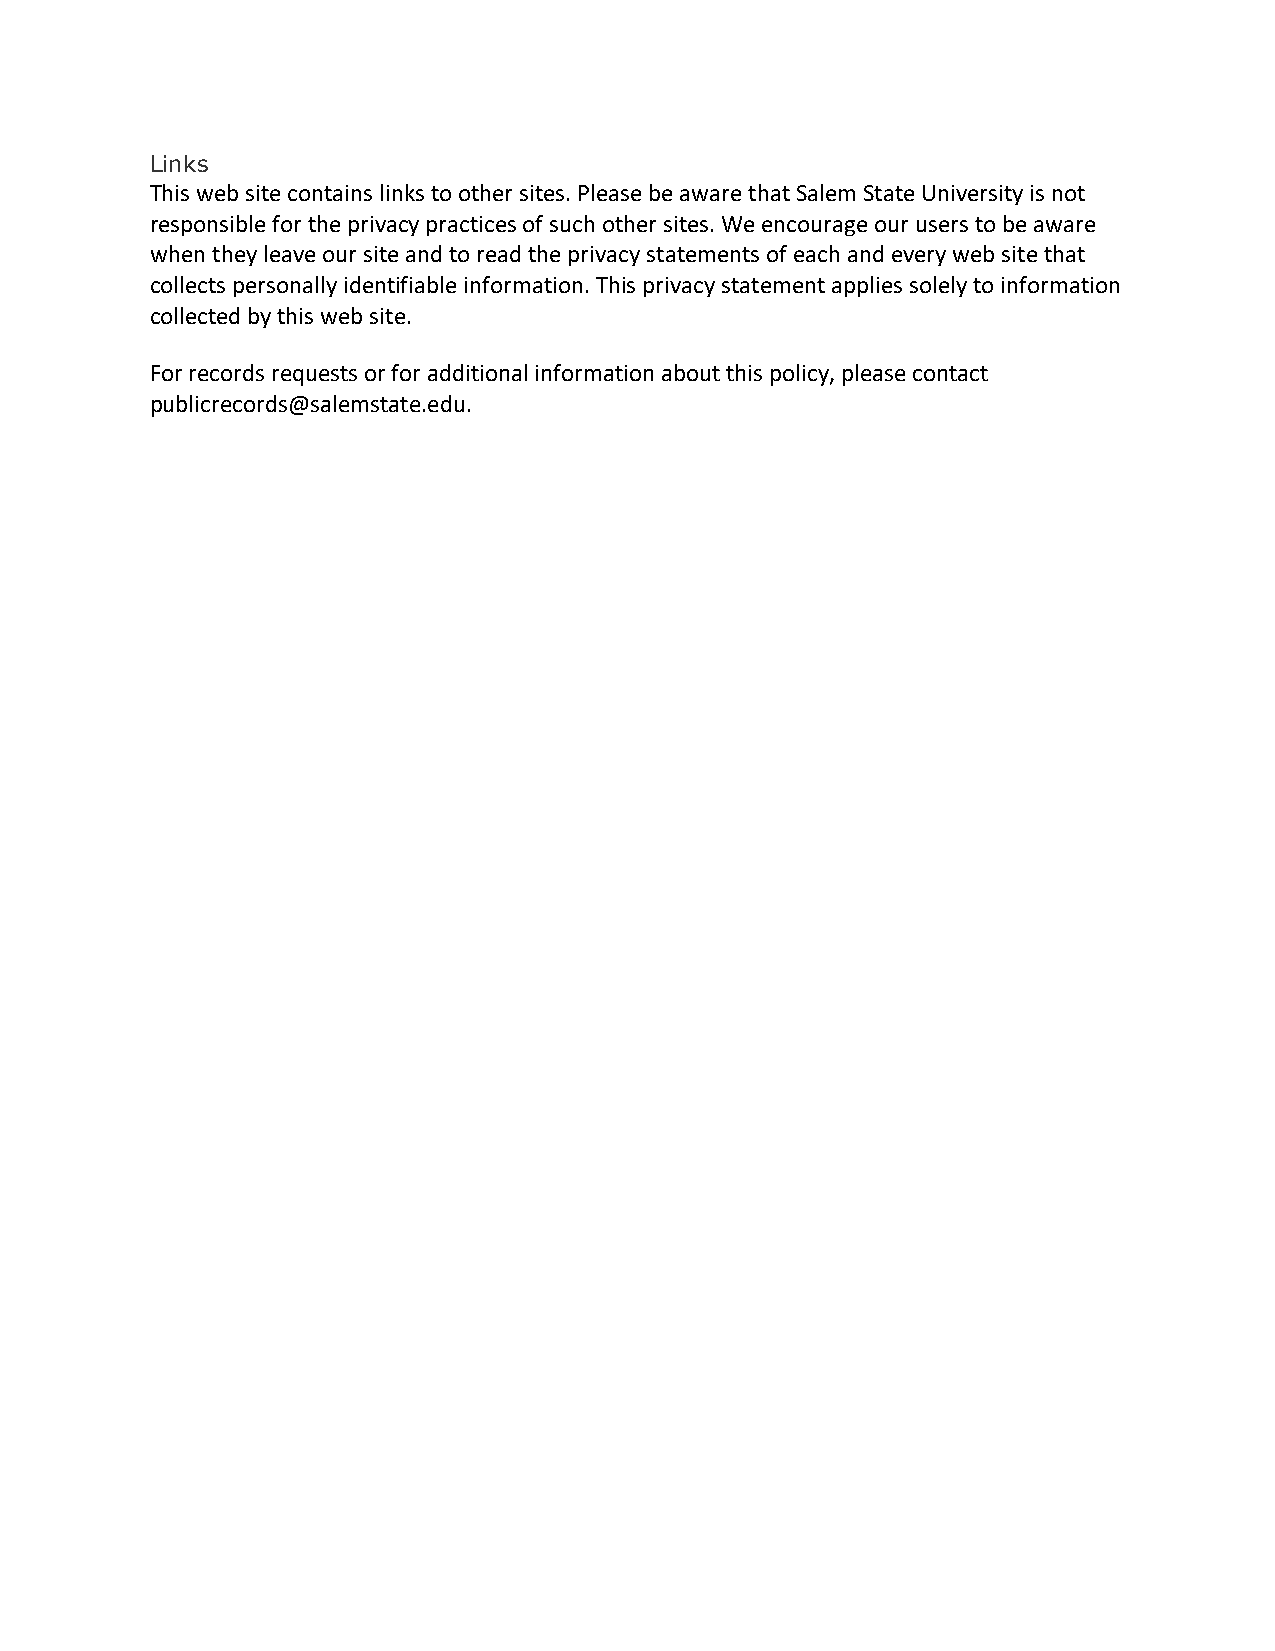
Links
 This web site contains links to other sites. Please be aware that Salem State University is not
 responsible for the privacy practices of such other sites. We encourage our users to be aware
 when they leave our site and to read the privacy statements of each and every web site that
 collects personally identifiable information. This privacy statement applies solely to information
 collected by this web site.
 For records requests or for additional information about this policy, please contact
 publicrecords@salemstate.edu.